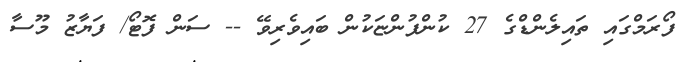
ފޯރަމްގައި ތައިލެންޑްގެ 27 ކުންފުންޏަކުން ބައިވެރިވޭ -- ސަން ފޮޓޯ/ ފަޔާޒު މޫސާ